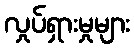
လှုပ်ရှားမှုများ